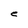
Character: e